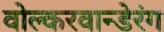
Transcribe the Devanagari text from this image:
वोल्करवान्डेरंग